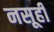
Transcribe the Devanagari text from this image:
नसूही